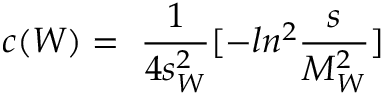
c ( W ) = ~ { \frac { 1 } { 4 s _ { W } ^ { 2 } } } [ - l n ^ { 2 } { \frac { s } { M _ { W } ^ { 2 } } } ]